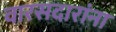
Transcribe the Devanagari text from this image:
वारसदारांना